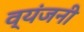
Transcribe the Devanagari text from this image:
व्यंजनी